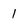
Character: 1